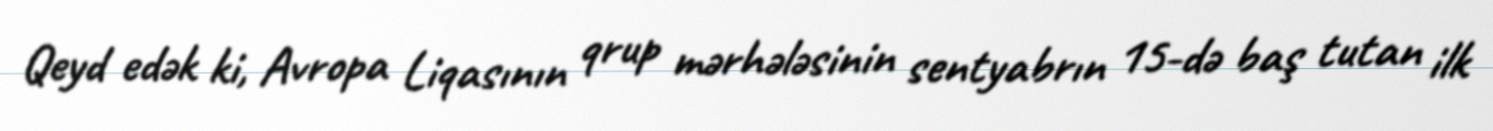
Qeyd edək ki, Avropa Liqasının qrup mərhələsinin sentyabrın 15-də baş tutan ilk